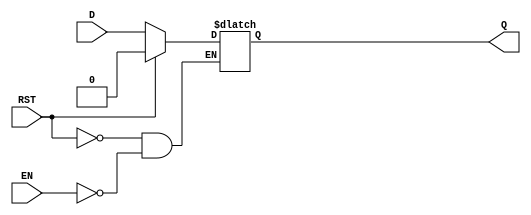
module async_register (
    input wire D,        // Data input
    input wire EN,       // Enable signal
    input wire RST,      // Asynchronous reset
    output reg Q         // Data output
);

// Asynchronous reset and enable logic
always @(*) begin
    if (RST) begin
        Q <= 1'b0;      // Reset output to 0 when RST is high
    end else if (EN) begin
        Q <= D;         // Capture input data when EN is high
    end
    // If RST is low and EN is low, Q retains its previous value
end

endmodule